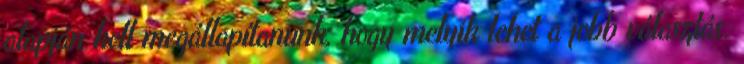
alapján kell megállapítanunk, hogy melyik lehet a jobb választás.